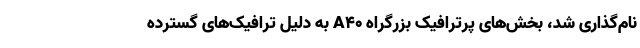
نام‌گذاری شد، بخش‌های پرترافیک بزرگراه A40 به دلیل ترافیک‌های گسترده